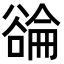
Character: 𬤳